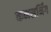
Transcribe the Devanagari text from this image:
कनसर्निंग